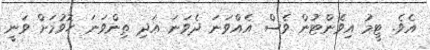
އެވެ. ޓީމު އިވެންޓުން ވެސް އެއްވަނަ ދެވަނަ އަދި ތިންވަނަ ހޮވުމަށް ވަނީ